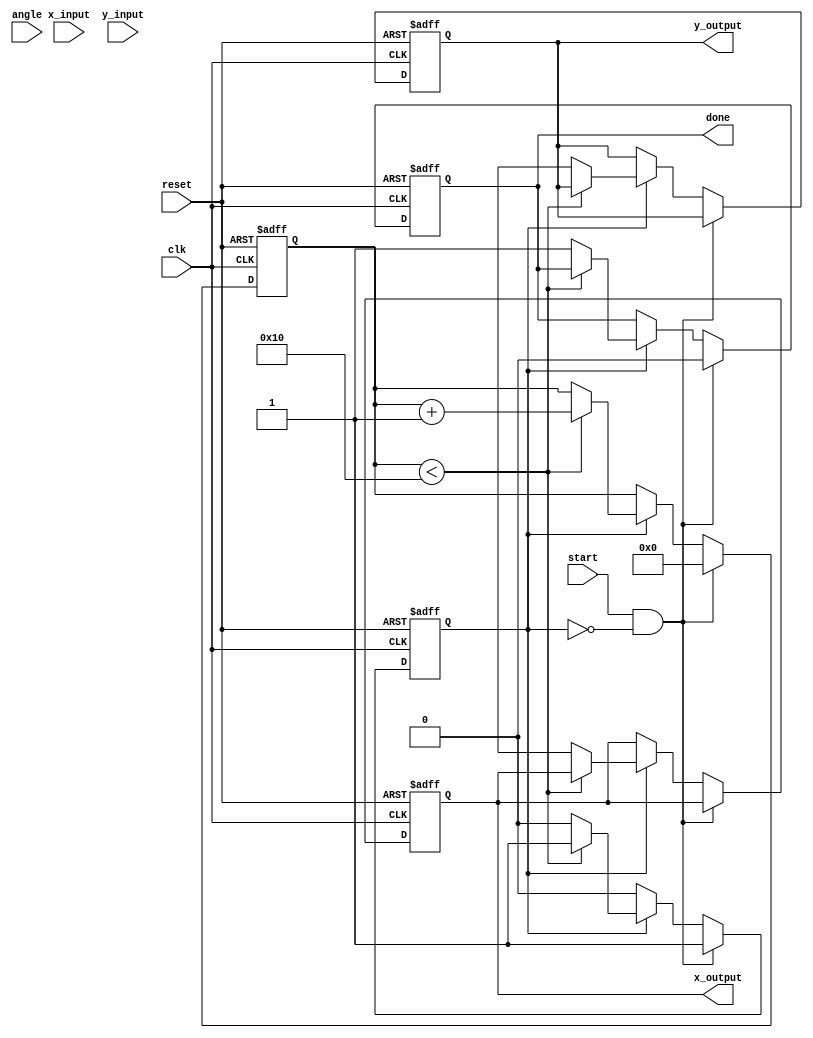
module cordic_2d (
    input wire clk,
    input wire reset,
    input wire start,
    input wire [15:0] x_input,  // X coordinate input
    input wire [15:0] y_input,  // Y coordinate input
    input wire [15:0] angle,     // Angle for rotation in radians
    output reg [15:0] x_output,  // X coordinate output
    output reg [15:0] y_output,  // Y coordinate output
    output reg done              // Done flag
);

    parameter ITERATIONS = 16; // Number of CORDIC iterations
    reg [15:0] x [0:ITERATIONS-1]; // Coordinate registers
    reg [15:0] y [0:ITERATIONS-1];
    reg [15:0] z; // Current angle
    reg [4:0] i; // Iteration counter
    reg [15:0] K; // Scaling factor

    // Pre-calculated arctan values for each stage
    reg [15:0] atan_table [0:ITERATIONS-1];
    initial begin
        atan_table[0] = 16'h1C71; // atan(2^0)
        atan_table[1] = 16'h0DB2; // atan(2^-1)
        atan_table[2] = 16'h05B2; // atan(2^-2)
        atan_table[3] = 16'h0248; // atan(2^-3)
        // Populate other atan values...
        // Continue initialization for atan_table
    end

    // Pre-calculated scaling factors
    initial begin
        K = 16'h4D20; // scaling factor for normalization after 16 iterations
    end

    // State variables
    reg running;

    always @(posedge clk or posedge reset) begin
        if (reset) begin
            x_output <= 0;
            y_output <= 0;
            done <= 0;
            running <= 0;
            i <= 0;
        end else if (start && !running) begin
            // Initialize inputs
            x[0] <= x_input;
            y[0] <= y_input;
            z <= angle;
            i <= 0;
            running <= 1;
            done <= 0;
        end else if (running) begin
            // CORDIC iteration
            if (i < ITERATIONS) begin
                // Determine the direction of rotation
                if (z < 0) begin
                    z <= z + atan_table[i]; // Counter-clockwise
                    x[i+1] <= x[i] + (y[i] >> i);
                    y[i+1] <= y[i] - (x[i] >> i);
                end else begin
                    z <= z - atan_table[i]; // Clockwise
                    x[i+1] <= x[i] - (y[i] >> i);
                    y[i+1] <= y[i] + (x[i] >> i);
                end
                i <= i + 1;
            end else begin
                // Finished all iterations
                x_output <= x[ITERATIONS];
                y_output <= y[ITERATIONS];
                done <= 1;
                running <= 0;
            end
        end
    end
endmodule